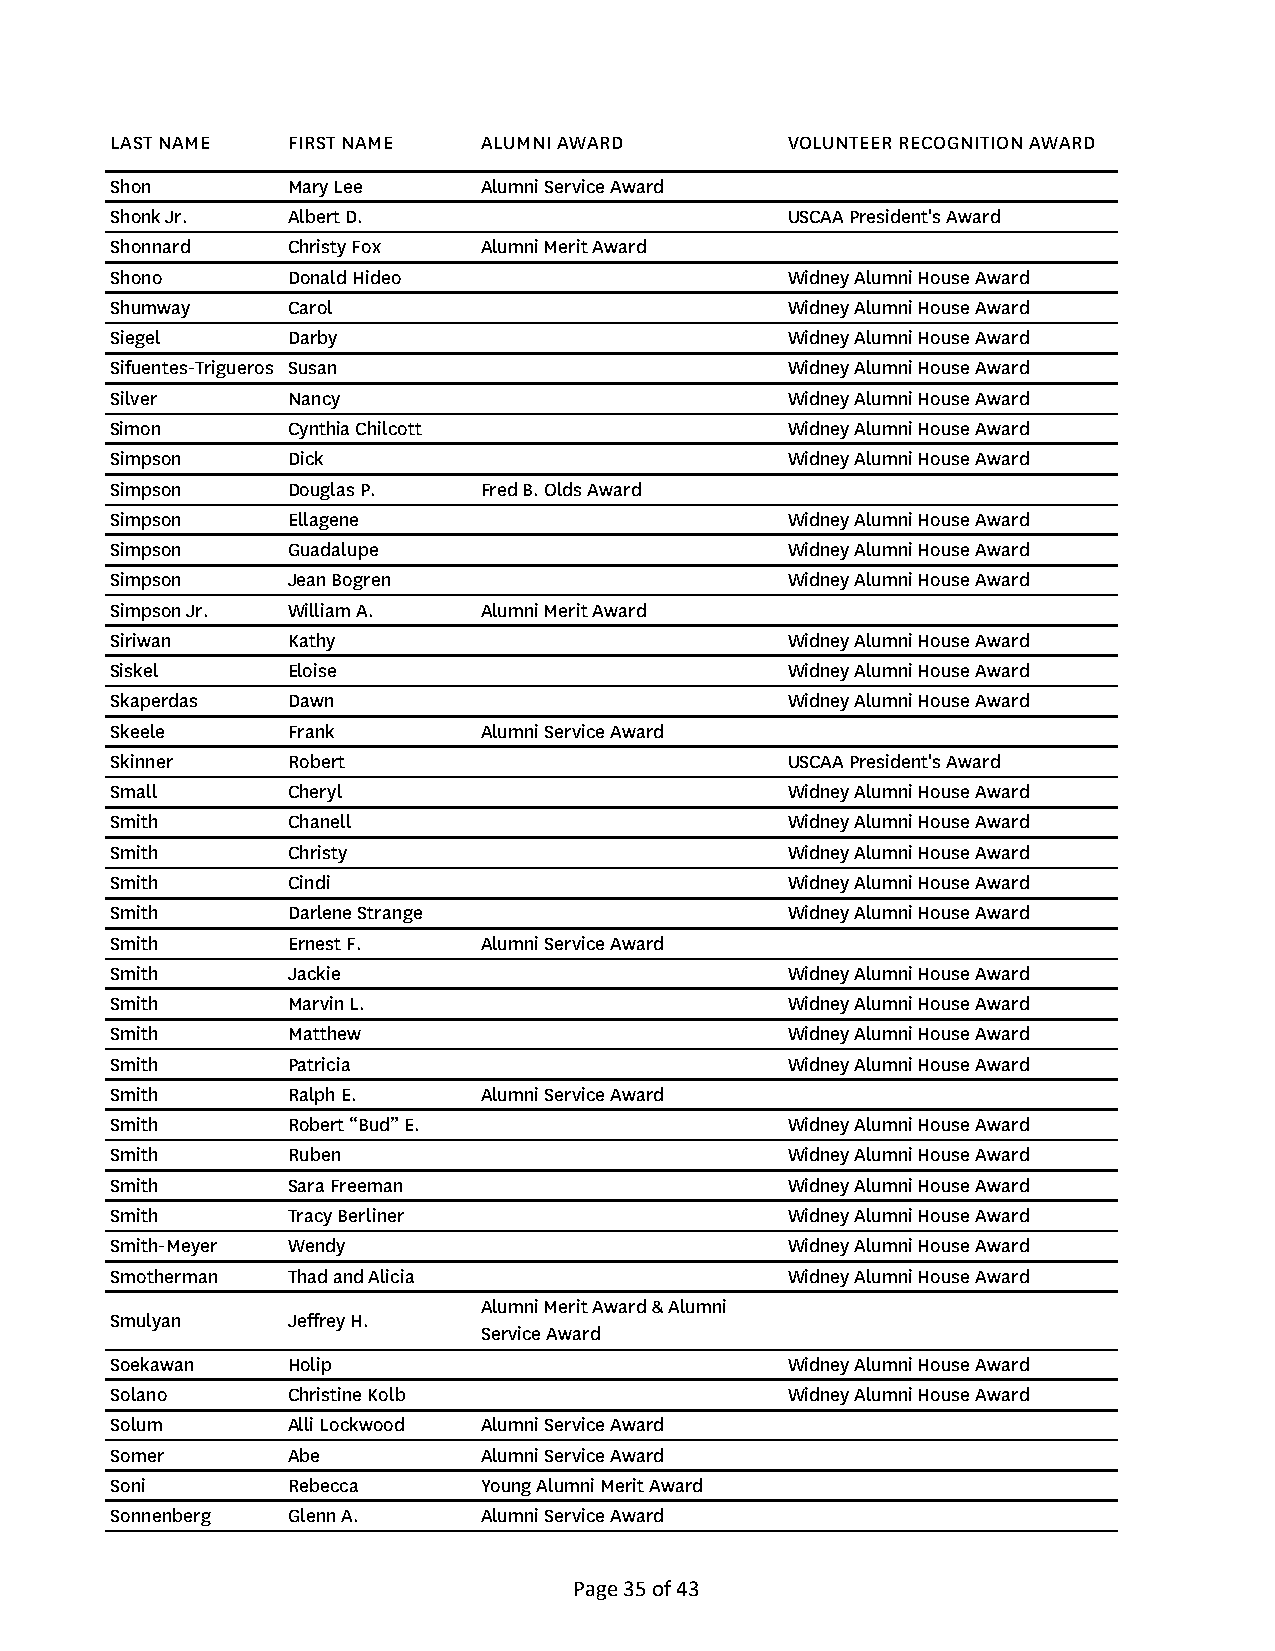
LAST NAME   FIRST NAME   ALUMNI AWARD        VOLUNTEER RECOGNITION AWARD
 Shon        Mary Lee     Alumni Service Award
 Shonk Jr.   Albert D.                        USCAA President's Award
 Shonnard    Christy Fox  Alumni Merit Award
 Shono       Donald Hideo                     Widney Alumni House Award
 Shumway     Carol                            Widney Alumni House Award
 Siegel      Darby                            Widney Alumni House Award
 Sifuentes-Trigueros Susan                    Widney Alumni House Award
 Silver      Nancy                            Widney Alumni House Award
 Simon       Cynthia Chilcott                 Widney Alumni House Award
 Simpson     Dick                             Widney Alumni House Award
 Simpson     Douglas P.   Fred B. Olds Award
 Simpson     Ellagene                         Widney Alumni House Award
 Simpson     Guadalupe                        Widney Alumni House Award
 Simpson     Jean Bogren                      Widney Alumni House Award
 Simpson Jr. William A.   Alumni Merit Award
 Siriwan     Kathy                            Widney Alumni House Award
 Siskel      Eloise                           Widney Alumni House Award
 Skaperdas   Dawn                             Widney Alumni House Award
 Skeele      Frank        Alumni Service Award
 Skinner     Robert                           USCAA President's Award
 Small       Cheryl                           Widney Alumni House Award
 Smith       Chanell                          Widney Alumni House Award
 Smith       Christy                          Widney Alumni House Award
 Smith       Cindi                            Widney Alumni House Award
 Smith       Darlene Strange                  Widney Alumni House Award
 Smith       Ernest F.    Alumni Service Award
 Smith       Jackie                           Widney Alumni House Award
 Smith       Marvin L.                        Widney Alumni House Award
 Smith       Matthew                          Widney Alumni House Award
 Smith       Patricia                         Widney Alumni House Award
 Smith       Ralph E.     Alumni Service Award
 Smith       Robert “Bud” E.                  Widney Alumni House Award
 Smith       Ruben                            Widney Alumni House Award
 Smith       Sara Freeman                     Widney Alumni House Award
 Smith       Tracy Berliner                   Widney Alumni House Award
 Smith-Meyer Wendy                            Widney Alumni House Award
 Smotherman  Thad and Alicia                  Widney Alumni House Award
 Alumni Merit Award & Alumni
 Smulyan     Jeffrey H.
 Service Award
 Soekawan    Holip                            Widney Alumni House Award
 Solano      Christine Kolb                   Widney Alumni House Award
 Solum       Alli Lockwood Alumni Service Award
 Somer       Abe          Alumni Service Award
 Soni        Rebecca      Young Alumni Merit Award
 Sonnenberg  Glenn A.     Alumni Service Award
 Page 35 of 43